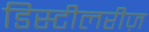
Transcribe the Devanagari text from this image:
डिस्टीलरीज़